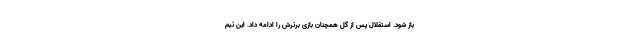
باز شود. استقلال پس از گل همچنان بازی برترش را ادامه داد. این تیم